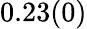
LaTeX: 0.23(0)